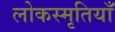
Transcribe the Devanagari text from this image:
लोकस्मृतियाँ